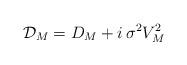
LaTeX: \begin{align*}\mathcal{D}_M=D_M+i\,\sigma^2 V_M^2\end{align*}